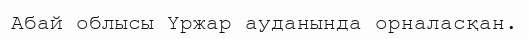
Абай облысы Үржар ауданында орналасқан.